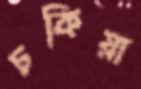
চকিয়া